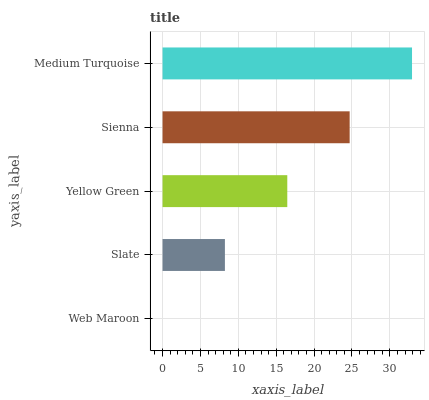
| yaxis_label | bars |
 | --- | --- |
 | Web Maroon | 0 |
 | Slate | 8.23 |
 | Yellow Green | 16.5 |
 | Sienna | 24.7 |
 | Medium Turquoise | 32.9 |